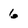
Character: 6